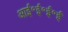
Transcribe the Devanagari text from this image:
आई॰ई॰ई॰ई